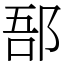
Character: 郚